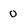
Character: 0